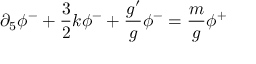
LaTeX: \partial _ { 5 } \phi ^ { - } + \frac { 3 } { 2 } k \phi ^ { - } + \frac { g ^ { \prime } } { g } \phi ^ { - } = \frac { m } { g } \phi ^ { + }